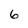
Character: 6